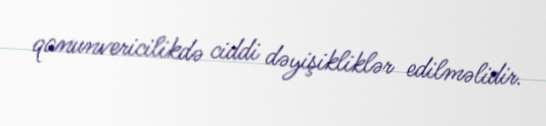
qanunvericilikdə ciddi dəyişikliklər edilməlidir.